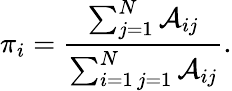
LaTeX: \pi_{i}=\frac{\sum_{j=1}^{N}\mathcal{A}_{ij}}{\sum_{\substack{i=1\, j=1}}^{N}\mathcal{A}_{ij}}.